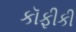
કૉફીકી